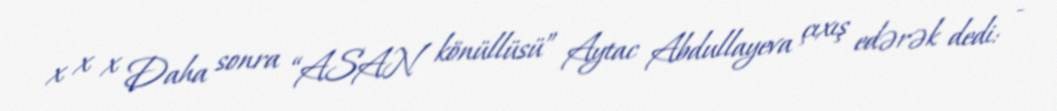
x x x Daha sonra “ASAN könüllüsü” Aytac Abdullayeva çıxış edərək dedi: -